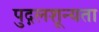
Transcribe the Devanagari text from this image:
पुद्गलशून्यता